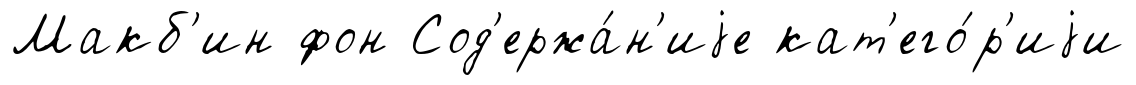
Макб'ин фон Сод'ержа́н'иjе кат'его́р'иjи